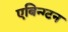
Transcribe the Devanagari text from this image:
एबिन्ग्टन